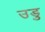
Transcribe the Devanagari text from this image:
उडु